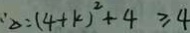
\Delta = ( 4 + k ) ^ { 2 } + 4 \geq 4